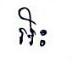
អិះ